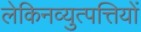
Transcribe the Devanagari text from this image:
लेकिनव्युत्पत्तियों